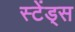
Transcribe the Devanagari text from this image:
स्टेंड्स